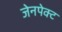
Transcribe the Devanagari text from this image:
जेनपेक्ट